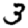
Digit: 3